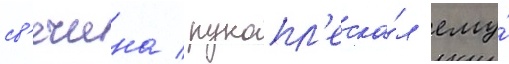
св'ечина / рукопл'еска́л ему́